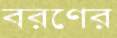
বরণের